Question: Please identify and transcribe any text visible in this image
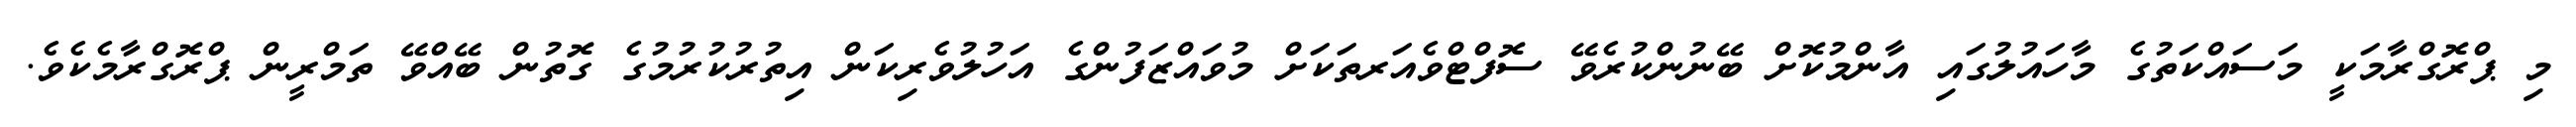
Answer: މި ޕްރޮގްރާމަކީ މަސައްކަތުގެ މާހައުލުގައި އާންމުކޮށް ބޭނުންކުރެވޭ ސޮފްޓްވެއަރތަކަށް މުވައްޒަފުންގެ އަހުލުވެރިކަން އިތުރުކުރުމުގެ ގޮތުން ބޭއްވޭ ތަމްރީން ޕްރޮގްރާމެކެވެ.